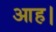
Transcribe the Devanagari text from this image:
आह।